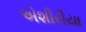
એશીરીયા